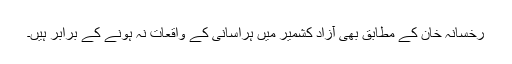
رخسانہ خان کے مطابق بھی آزاد کشمیر میں ہراسانی کے واقعات نہ ہونے کے برابر ہیں۔